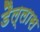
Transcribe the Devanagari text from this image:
डैल्लास